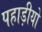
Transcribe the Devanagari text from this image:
पहाड़ीयो